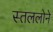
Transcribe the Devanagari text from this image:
स्तललोने